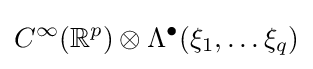
C^{\infty }(\mathbb {R} ^{p})\otimes \Lambda ^{\bullet }(\xi _{1},\dots \xi _{q})